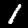
Digit: 1